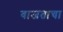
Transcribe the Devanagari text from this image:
वाजताचा